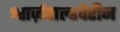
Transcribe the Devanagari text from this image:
श्वार्ज़वाल्डवेरीन